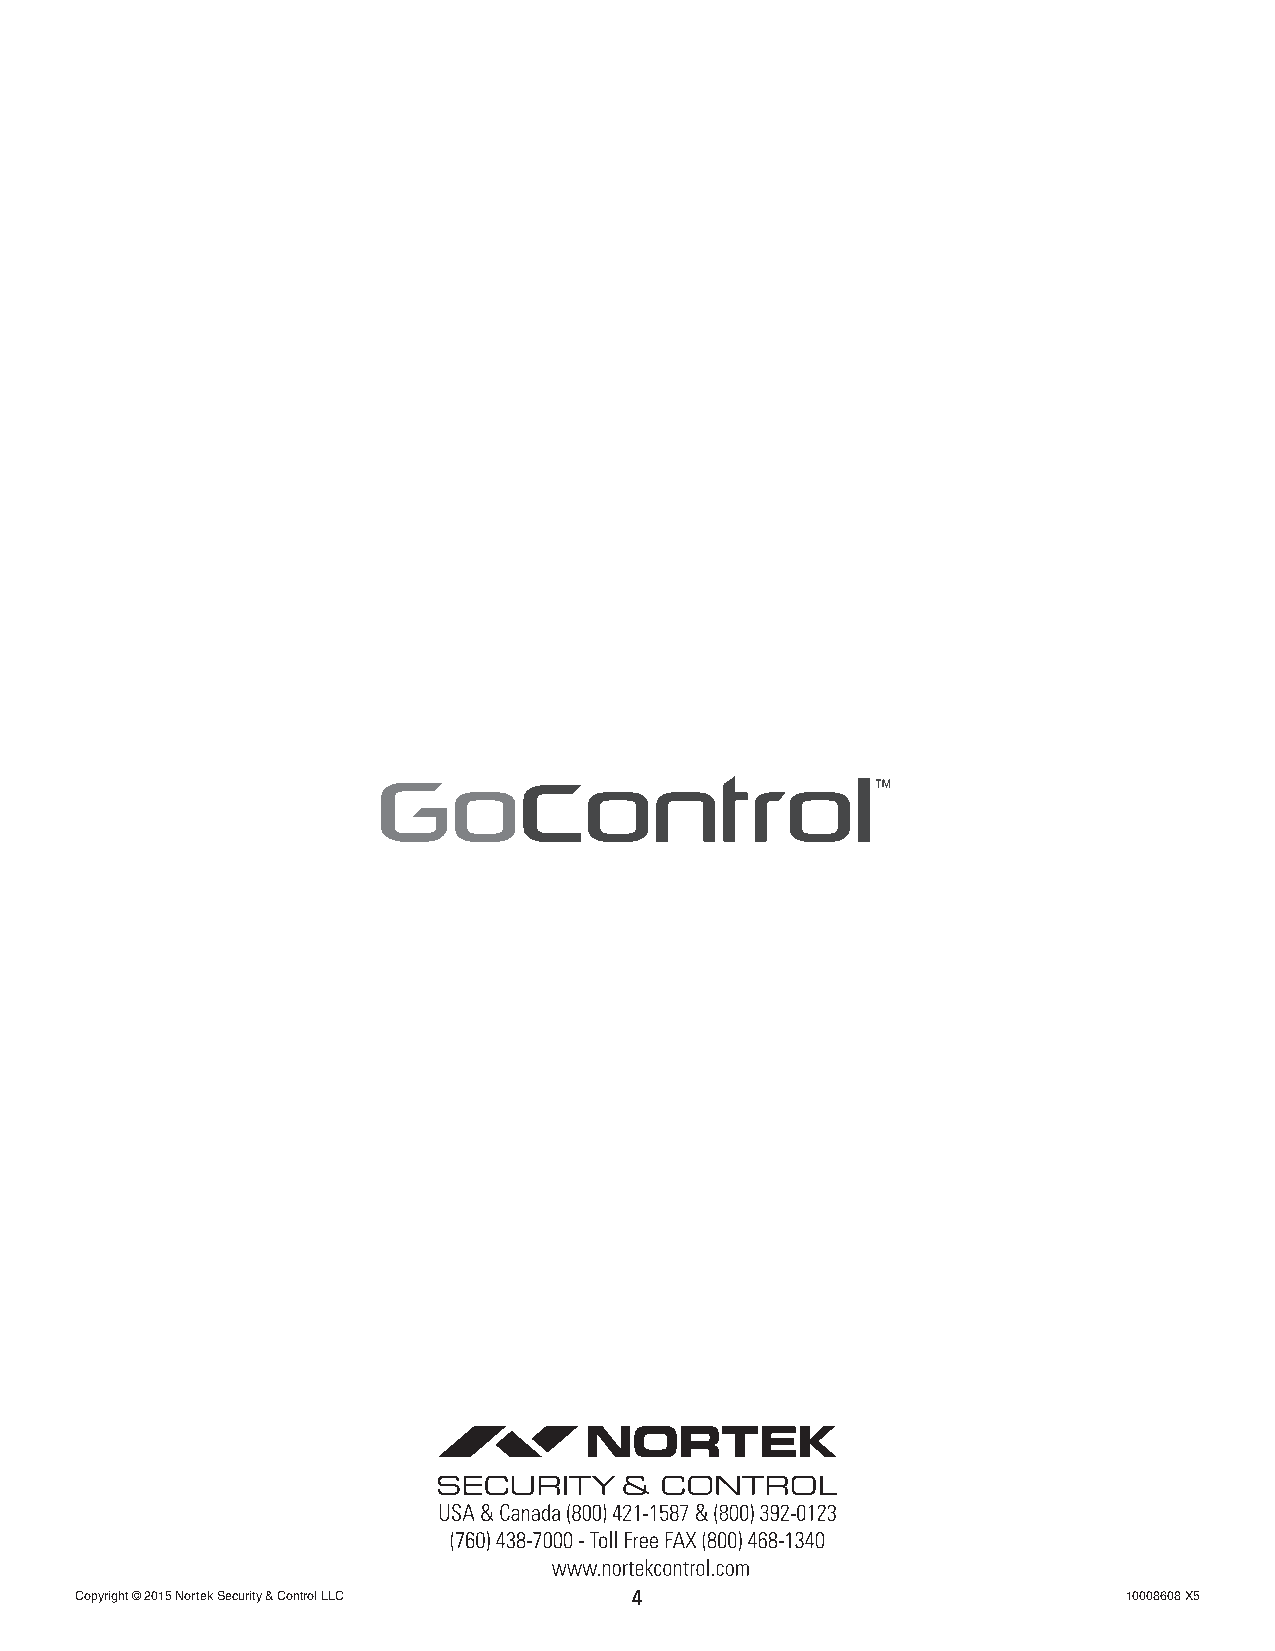
Copyright © 2015 Nortek Security & Control LLC 4                     10008608 X5